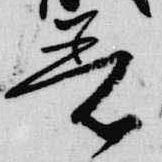
着